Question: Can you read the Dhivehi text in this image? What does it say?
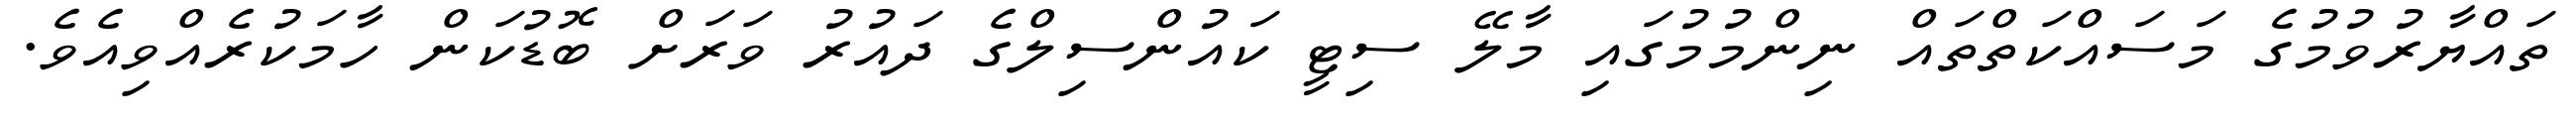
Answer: ތައްޔާރުވުމުގެ މަސައްކަތްތައް ނިންމުމުގައި މާލޭ ސިޓީ ކައުންސިލްގެ ދައުރު ވަރަށް ބޮޑުކަން ހާމަކުރެއްވިއެވެ.